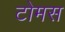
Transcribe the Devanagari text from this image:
टोमस